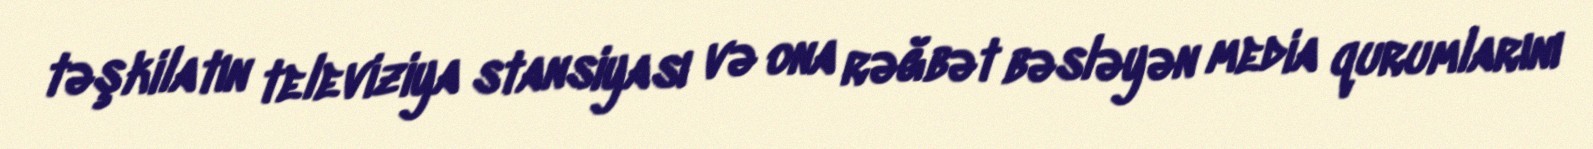
təşkilatın televiziya stansiyası və ona rəğbət bəsləyən media qurumlarını